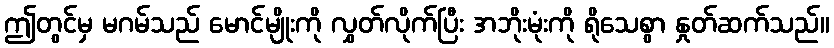
ဤတွင်မှ မဂမ်သည် မောင်မျိုးကို လွှတ်လိုက်ပြီး အဘိုးမုံးကို ရိုသေစွာ နှုတ်ဆက်သည်။